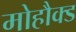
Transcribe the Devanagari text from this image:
मोहौक्ड